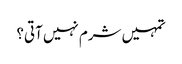
تمہیں شرم نہیں آتی؟